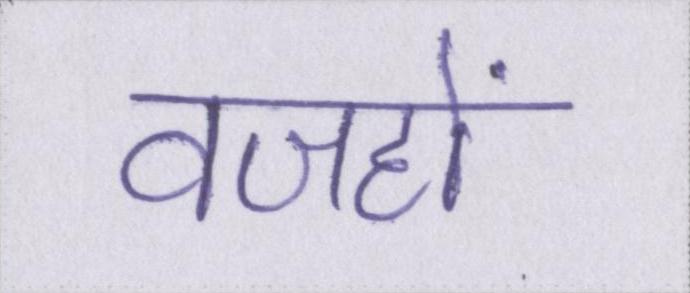
वजहों